Bréfritari: Sigríður Pálsdóttir
Viðtakandi: Páll Pálsson
Dagsetning: A-1856-10-19
Skrifað á: Hraungerði  Árn.
Páll var bróðir Sigríðar

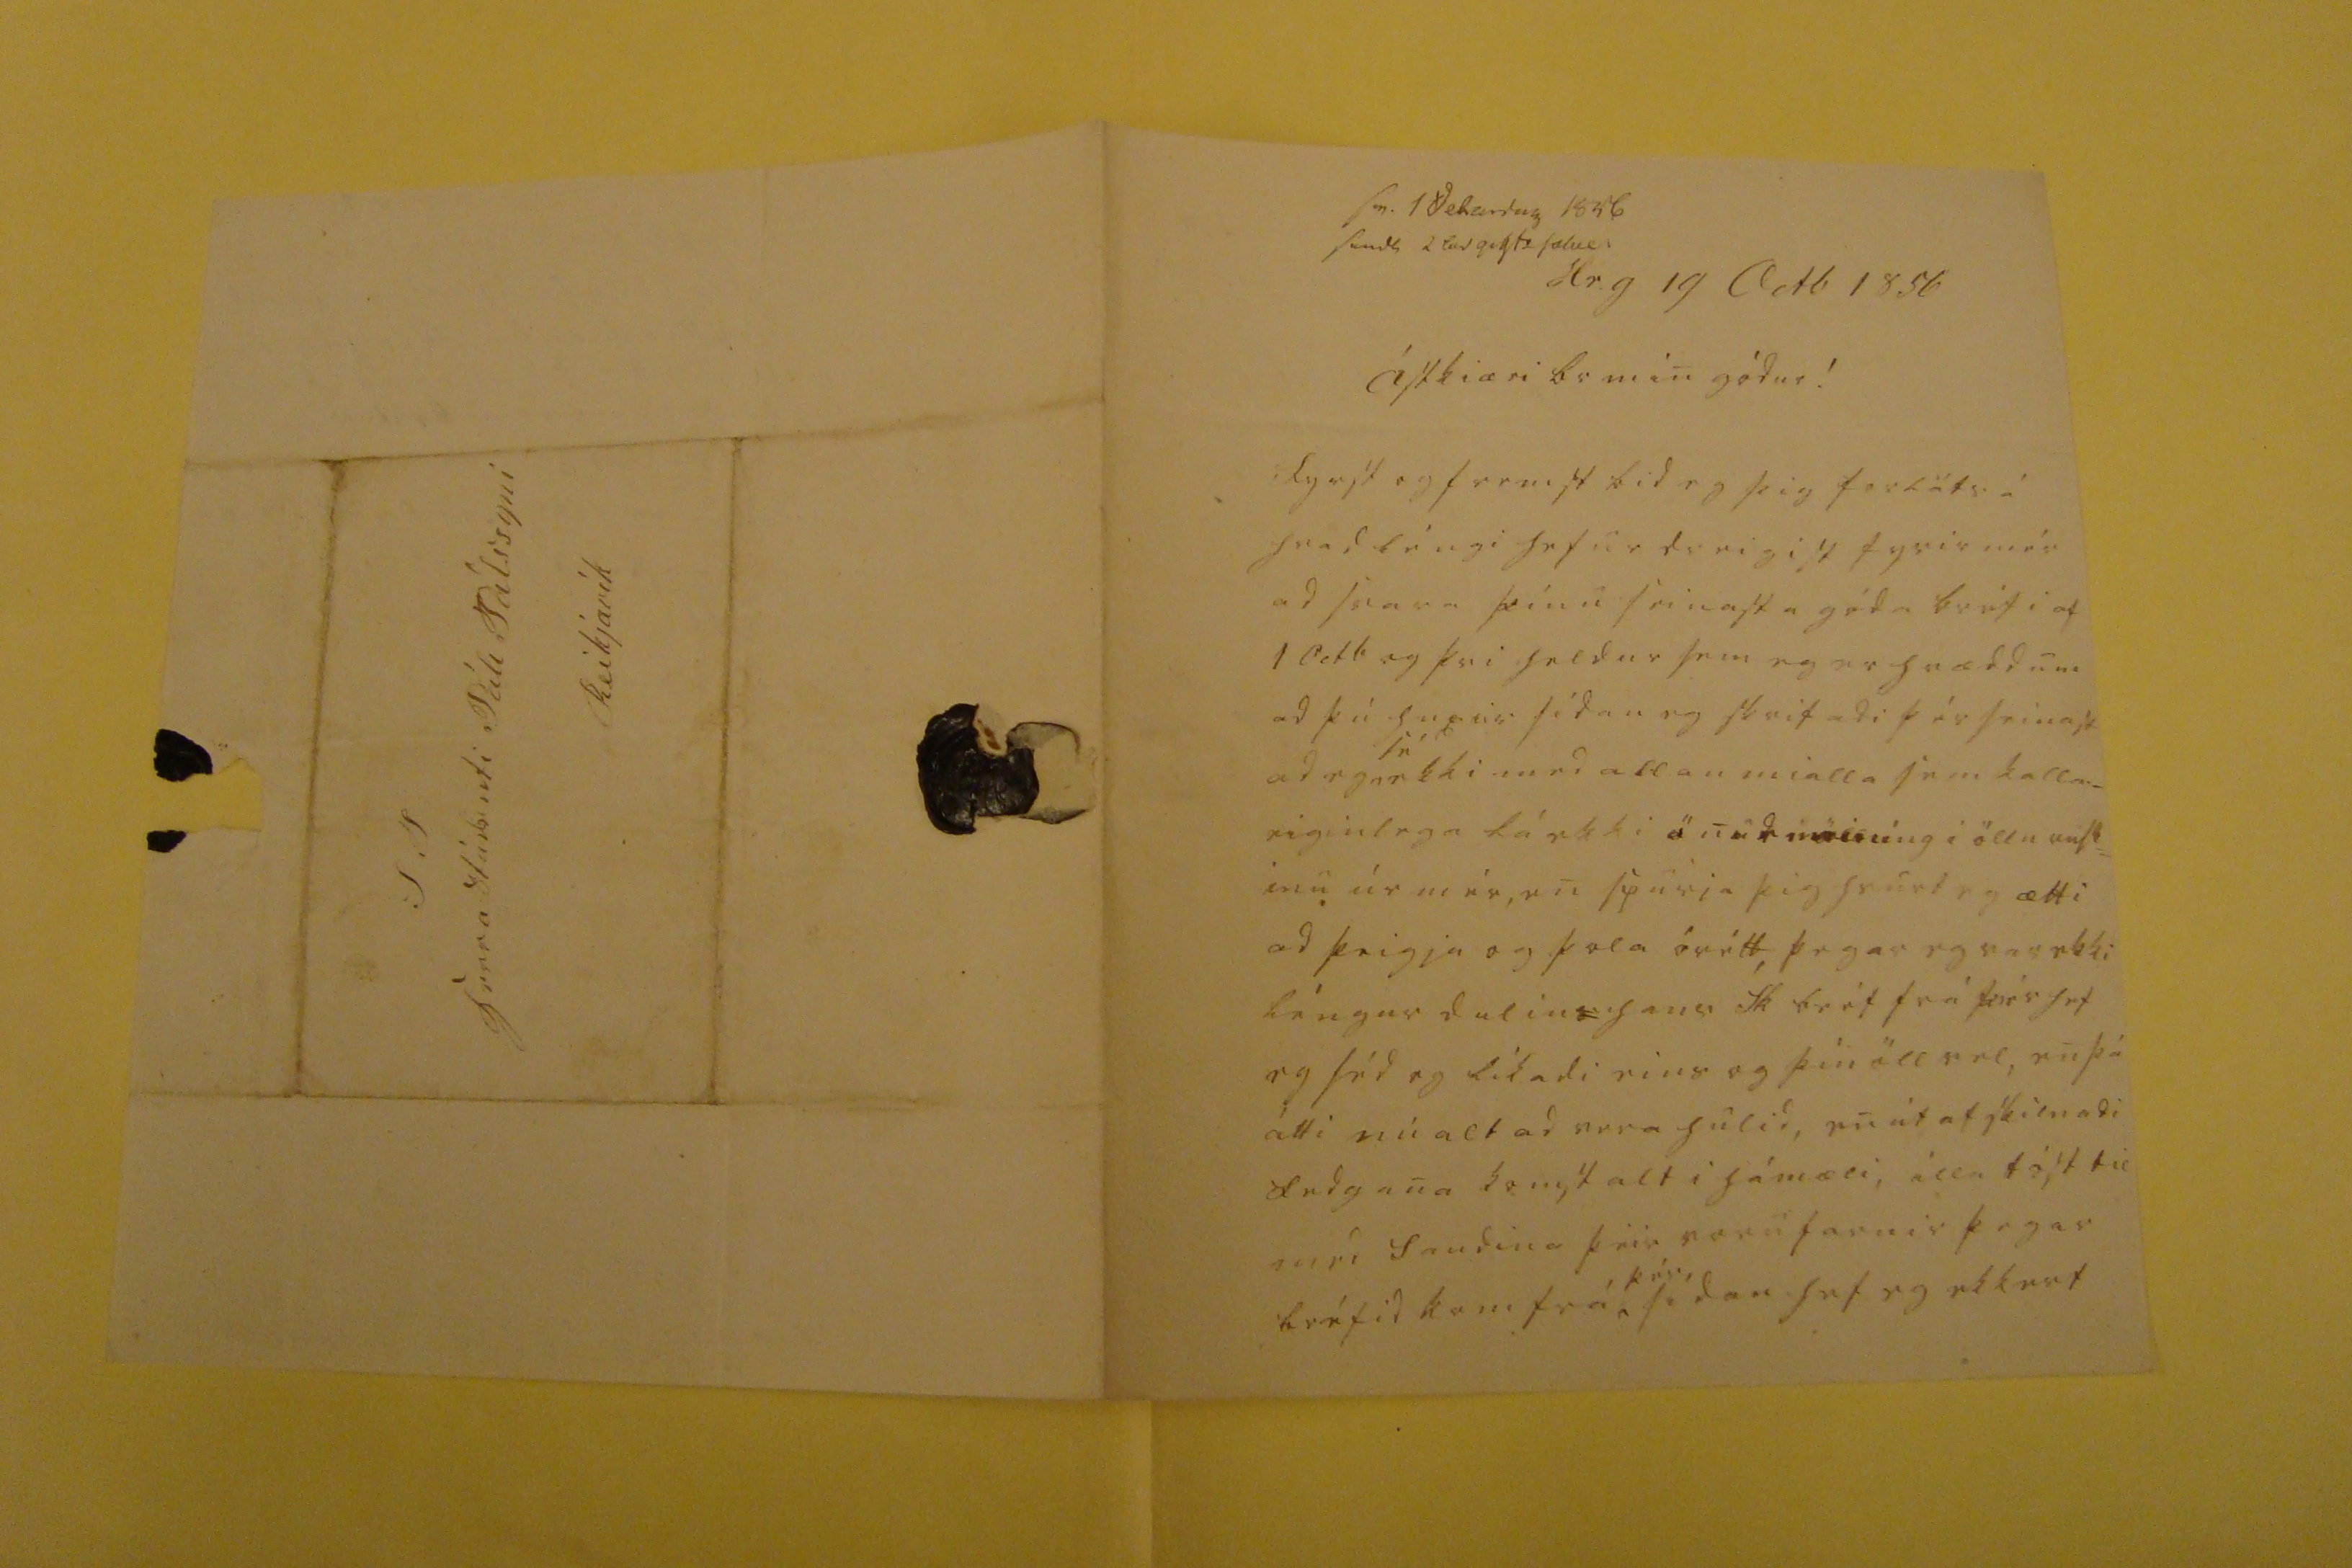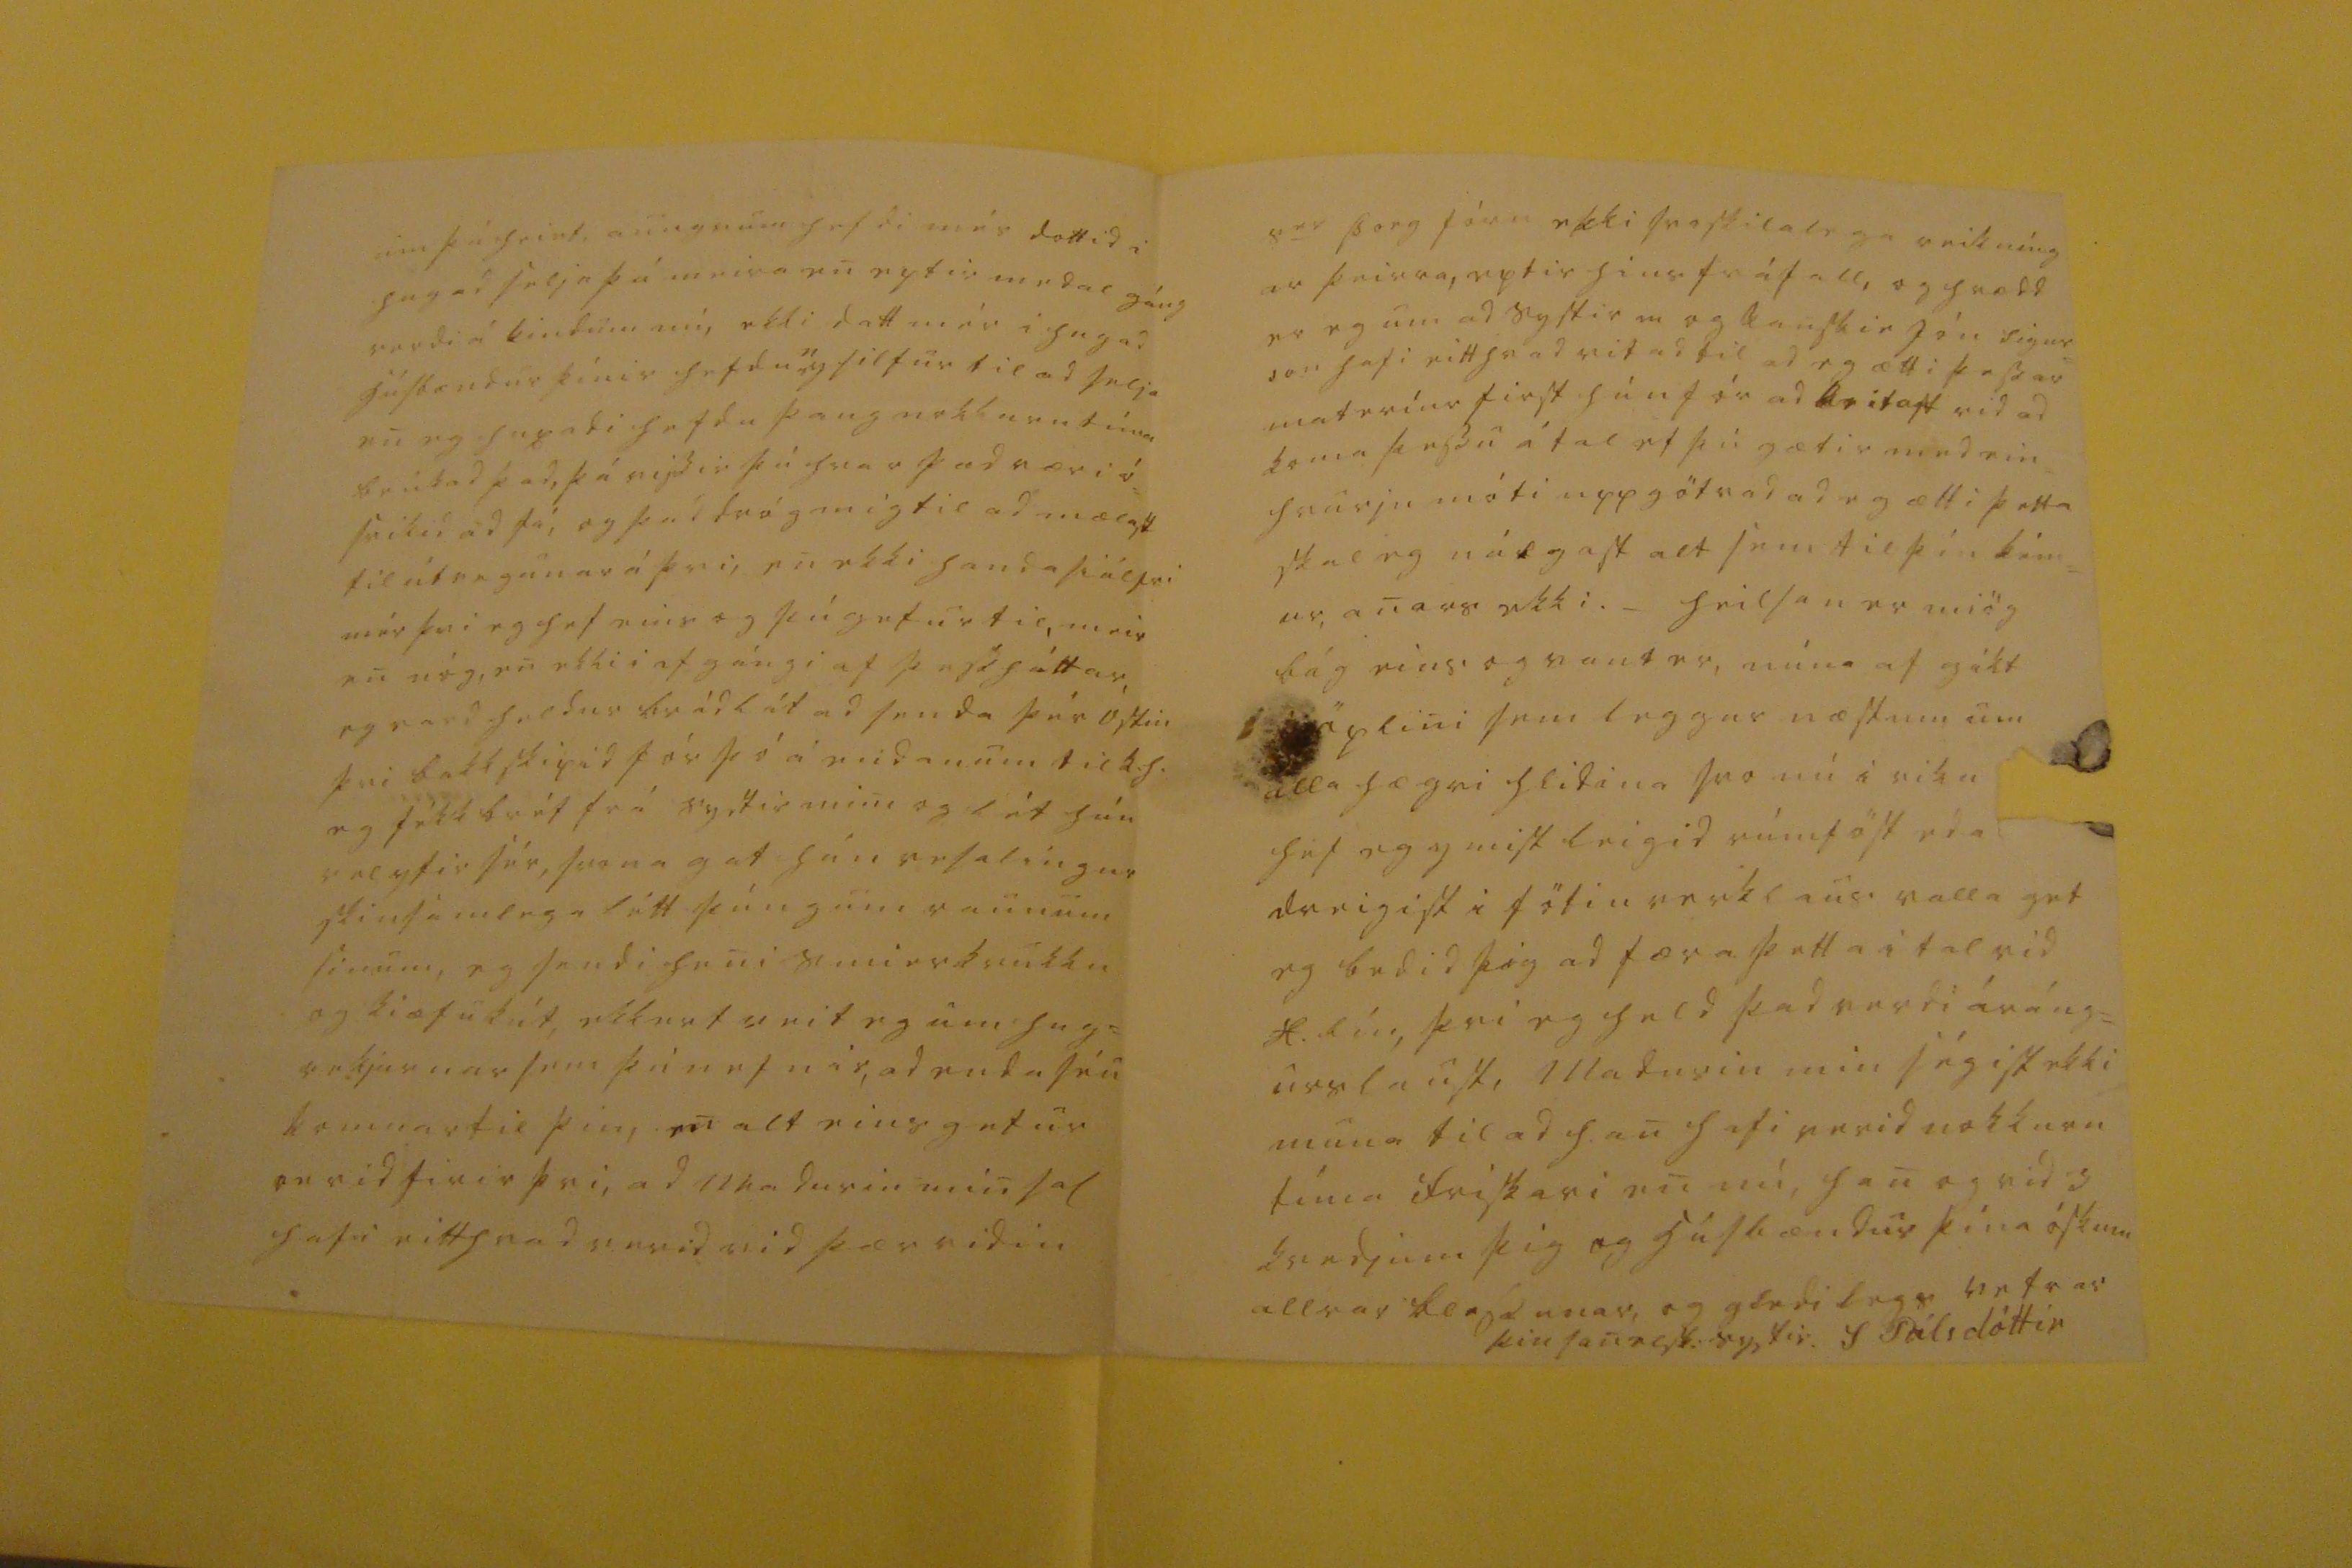

sv. 1 dek0000 1856 s0000 2 000 gig00 solu0
Hr.g 19 Octb 1856
Ástkiæri br min gódur!
Fyrst og fremst bid eg þig forláts á hvad léngi hefur dreigist fyrir mér ad svara þínu seinasta góda bréfi af 1 Octb og þvi heldur sem eg er hrædd um ad þú huxar sídan eg skrifadi þér seinast ad eg er
sé
kki med allan mialla sem kalla_ eiginlega fá ekki ön
ur mining i öllu 00st=
inu úr mér, en spurja þig hvurt eg ætti ad þeigja og þola órótt, þegar eg var ekki léngur dulin
s
n hans Sk bréf frá þér hef eg séd og likadi eins og þín öll vel, enþá átti nú alt ad vera hulid, en út af skilnadi fedgana komst alt i hámæli, illa tóst til med Saudina þeir voru farnir þegar bréfid kom frá,
þér
sídan hef eg ekkert
um þá heirt, aungvum hefdi mér dottid i hug ad selja þá meira en eptir medal gáng verdi á kindum min nú, ekki datt mér i hug ad húsbændur þínir hefdu
n
og silfur til ad selja en eg huxadi hefdu þaug nokkurn tíma brúkad þad, þá vissir þú hvar þad væri ó= svikid ad fá, og þad dróg mig til ad mælast til
útregunar
á þvi, en ekki handa siálfri mér þvi eg hef eins og þú getur til, meir en nóg, en ekki af gángi af þess háttar, eg vard heldur brádlát ad senda þér Óstin þvi bakkskipid fór þó á midanum til k.h. eg fékk bréf frá systir mini og lét hún vel yfir sér, svona gat hún vesalingur skinsámlega létt þúngum raunum sinum, eg sendi heni smierkrukku og kiæfu
bút
, ekkert veit eg um hug= vekjurnar sem þú nefnir, ad enda séu komnar til þin, en alt eins getur
verid
firir þvi, ad madurin min sal hafi etthvad verid vid þær ridin
s
00
Þorg
fóru ekki svo skilalega reikníng ar þeirra, eptir hins fráfall, og hrædd er eg um ad systir m og kanskie Jón Sigur= son hafi eitthvad vitad til ad eg ætti þessar materíur first hún fór ad kritast vid ad koma þessu á tal ef þú gætir med ein hvurju móti uppgötvad ad eg ætti þetta skal eg nálgast alt sem til þín kém= ur anars ekki. _ heilsan er miög bág eins og vant er, núna af
gékt i öxlini
sem leggur næstum um alla hægri hlidina svo nú i viku hef eg ymist leigid rúmföst eda dreigist i fötin verklaus valla get eg bedid þig ad færa þetta i tal vid
H.lín,
þvi eg held þad verdi áráng= urslaust, madurin min ségist ekki muna til ad han hafi verid nokkurn tíma friskari en nú, han og vid 3 kvedjum þig og húsbændur þína óskum allrar blessunar, og gledilegs vetrar
þin sanelsk. systir.
S. Pálsdóttir
S. T Herra Stúdenti Páll Pálssyni Reikjavik